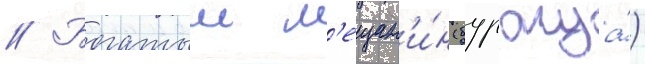
// Богатыи м'ещан'и́н (буржуа́)